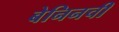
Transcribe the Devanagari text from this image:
बेनिनची